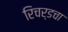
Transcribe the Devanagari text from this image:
रिचर्डचा